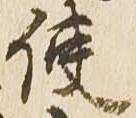
使